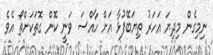
ނިމިގެން މިދިޔަ އަހަރު ތިޔަބޭފުޅާ އަށް ހާއްސަ ވަނީ ކޮން ގޮތަކަށްތޯ އެވެ